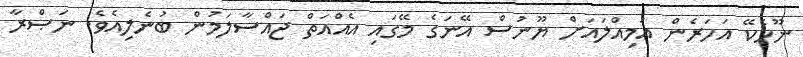
ނޫހެކޭ އަހަރެން އަމިއްލައަށް ޔޫނުސް އޭނަގެ މޭގައި އެއްއަތް ޖައްސާލަމުން ބުނެލިއެވެ. ނަޞްރާ